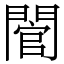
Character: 䦡